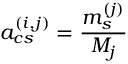
a _ { c s } ^ { ( i , j ) } = \frac { m _ { s } ^ { ( j ) } } { M _ { j } }